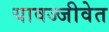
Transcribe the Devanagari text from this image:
यावज्जीवेत